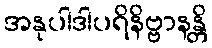
အနုပါဒါပရိနိဗ္ဗာနန္တိ